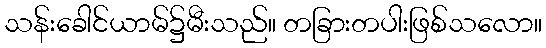
သန်းခေါင်ယာမ်၌မီးသည်။ တခြားတပါးဖြစ်သလော။